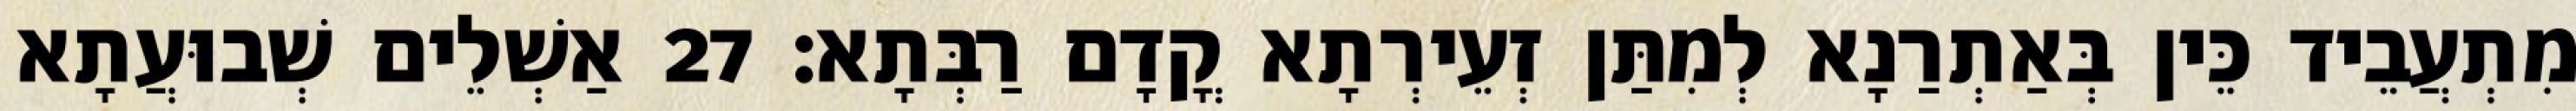
מִתְעֲבֵיד כֵּין בְּאַתְרַנָא לְמִתַּן זְעֵירְתָא קֳדָם רַבְּתָא׃ 27 אַשְׁלֵים שְׁבוּעֲתָא